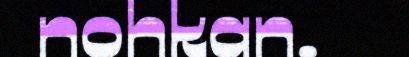
nohkan.